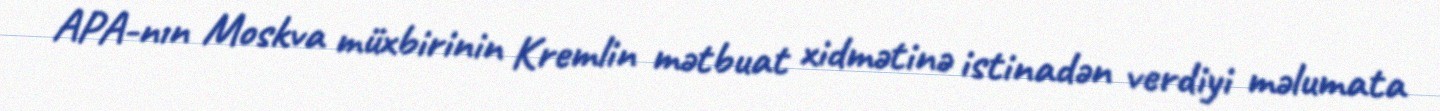
APA-nın Moskva müxbirinin Kremlin mətbuat xidmətinə istinadən verdiyi məlumata